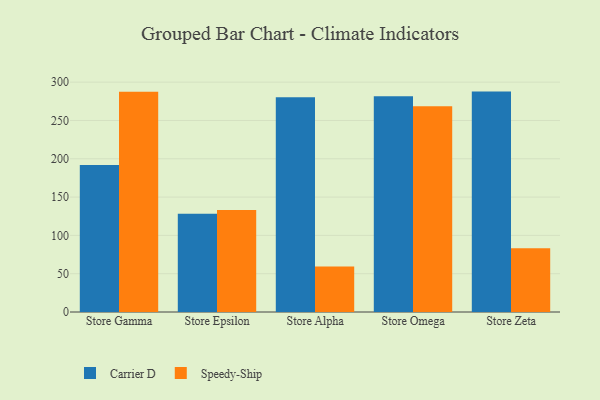
{"axis": {"x": "Store", "y": "Page Views"}, "legend": ["Carrier D", "Speedy-Ship"], "data": [{"x": "Store Gamma", "y": 191.9, "type": "Carrier D"}, {"x": "Store Gamma", "y": 287.5, "type": "Speedy-Ship"}, {"x": "Store Epsilon", "y": 128.1, "type": "Carrier D"}, {"x": "Store Epsilon", "y": 133.3, "type": "Speedy-Ship"}, {"x": "Store Alpha", "y": 280.3, "type": "Carrier D"}, {"x": "Store Alpha", "y": 59.4, "type": "Speedy-Ship"}, {"x": "Store Omega", "y": 281.6, "type": "Carrier D"}, {"x": "Store Omega", "y": 268.7, "type": "Speedy-Ship"}, {"x": "Store Zeta", "y": 287.7, "type": "Carrier D"}, {"x": "Store Zeta", "y": 83.1, "type": "Speedy-Ship"}]}